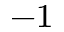
^ { - 1 }